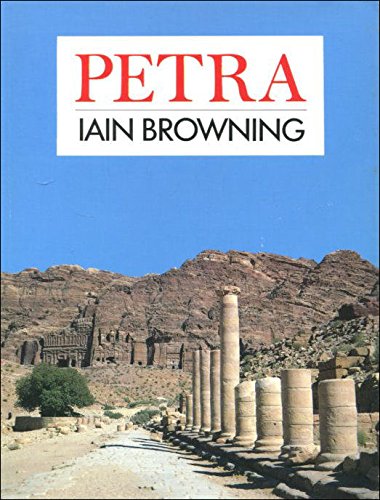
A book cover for Petra; Iain Browning; Travel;